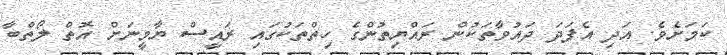
ކަމަށެވެ. އަދި އެފަދަ ދައުވާތަކުން ރައްޔިތުންގެ ހިތްތަކުގައި ރައީސް ޔާމީނަށް އޮތް ލޯތްބާ